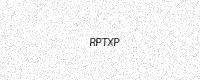
Text: RPTXP